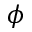
\phi